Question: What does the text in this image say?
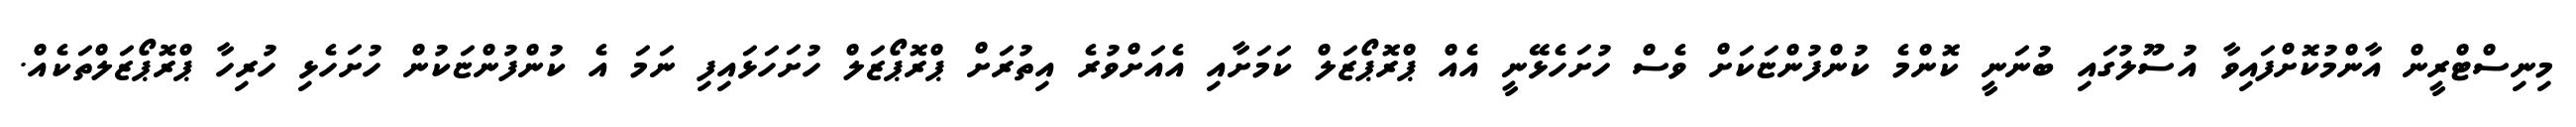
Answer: މިނިސްޓްރީން އާންމުކޮށްފައިވާ އުސޫލުގައި ބުނަނީ ކޮންމެ ކުންފުންޏަކަށް ވެސް ހުށަހެޅޭނީ އެއް ޕްރޮޕޯޒަލް ކަމަށާއި އެއަށްވުރެ އިތުރަށް ޕްރޮޕޯޒަލް ހުށަހަޅައިފި ނަމަ އެ ކުންފުންޏަކުން ހުށަހެޅި ހުރިހާ ޕްރޮޕޯޒަލްތަކެއް.